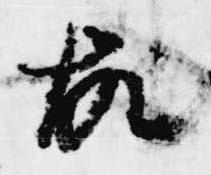
故